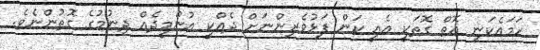
ހަމައެކަނި އޮތް ގޮތަކީ އެއީ ކަން ފަޅުވެރިންނަށް ދެއްކީ އުންމީދެއް ދިނުމުގެ ގޮތުންނެވެ.